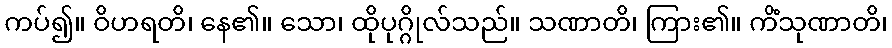
ကပ်၍။ ဝိဟရတိ၊ နေ၏။ သော၊ ထိုပုဂ္ဂိုလ်သည်။ သဏာတိ၊ ကြား၏။ ကိံသုဏာတိ၊